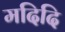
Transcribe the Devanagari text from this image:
मदिदि